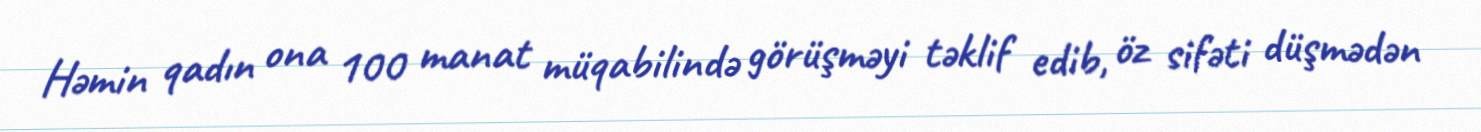
Həmin qadın ona 100 manat müqabilində görüşməyi təklif edib, öz sifəti düşmədən